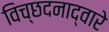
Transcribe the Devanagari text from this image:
विच्छदनाद्वारे